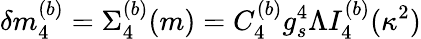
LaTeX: \delta m_{4}^{(b)}=\Sigma_{4}^{(b)}(m)=C_{4}^{(b)}g_{s}^{4}\Lambda I_{4}^{(b)}(\kappa^{2})